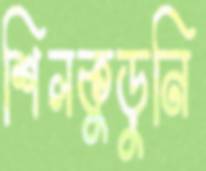
শিলকুড়ুনি